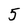
Character: 5